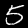
Label: 5